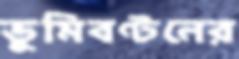
ভূমিবণ্টনের